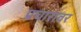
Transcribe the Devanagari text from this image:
प्रचारावर